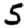
Digit: 5